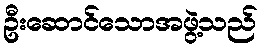
ဦးဆောင်သောအဖွဲ့သည်